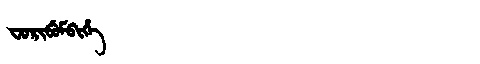
Manchu: ᠸᠣᡵᡳᠪᡠᠮᠪᡳᡥᡝ
Romanization: FORIBUMBIHE